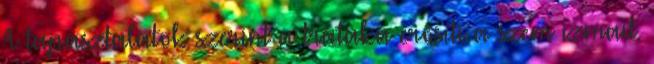
A tapasztalatok szerint a trátaka erősíti a szem izmait.